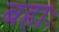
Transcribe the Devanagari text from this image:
बहाः